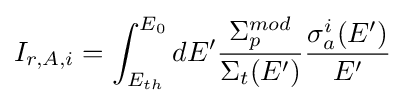
I_{r,A,i}=\int _{E_{th}}^{E_{0}}dE'{\frac {\Sigma _{p}^{mod}}{\Sigma _{t}(E')}}{\frac {\sigma _{a}^{i}(E')}{E'}}